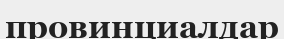
провинциалдар